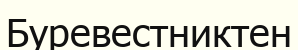
Буревестниктен